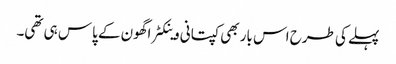
پہلے کی طرح اس بار بھی کپتانی وینکٹراگھون کے پاس ہی تھی۔